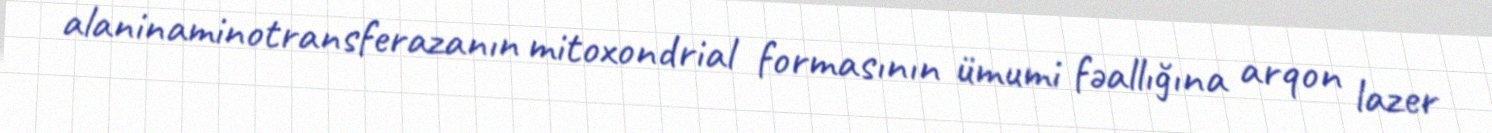
alaninaminotransferazanın mitoxondrial formasının ümumi fəallığına arqon lazer